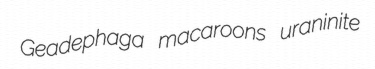
Geadephaga macaroons uraninite